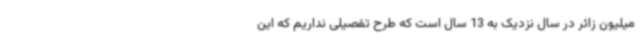
میلیون زائر در سال نزدیک به 13 سال است که طرح تفصیلی نداریم که این